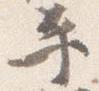
平